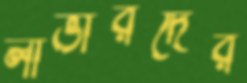
লাভারদের